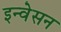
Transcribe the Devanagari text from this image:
इन्वेसन